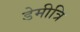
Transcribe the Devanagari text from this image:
डेमीत्रि